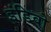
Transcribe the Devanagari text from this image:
इंडिवो